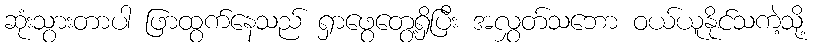
ဆုံးသွားတာပါ ဖြာထွက်နေသည် ရှာဖွေတွေ့ရှိပြီး အလွှတ်သဘော ဝယ်ယူနိုင်သကဲ့သို့